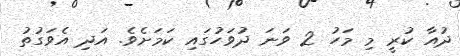
ދުއާ ކުރީ މި މަހު 2 ވަނަ ދުވަހުގައި ކަމަށެވެ. އަދި އެވަގުތު